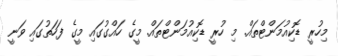
މިހުރީ ޑޮކިއުމަންޓްތައް. މި ހުރީ ޑޮކިއުމަންޓްތައް. މީގެ ހައްގުގައި މީގެ ފަހަތުގައި ވަނީ